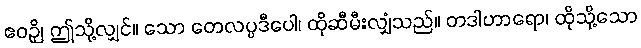
ဧဝဉှိ၊ ဤသို့လျှင်။ သော တေလပ္ပဒီပေါ၊ ထိုဆီမီးလျှံသည်။ တဒါဟာရော၊ ထိုသို့သော